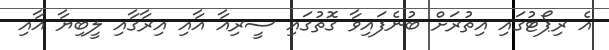
އެ ރިޕޯޓުގައި އިތުރަށް ބުނެފައިވާ ގޮތުގައި ސީރިއާ އާއި އިރާގާއި ލީބިޔާ އާއި